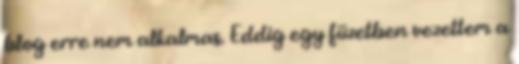
blog erre nem alkalmas. Eddig egy füzetben vezettem a